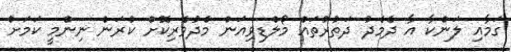
ގަމާއި ލަންކާ އާ ދެމެދު ދަތުރުތައް މޯލްޑިވިއަން މެދުވެރިކޮށް ކުރަން ނިންމީ ކަމަށް